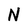
Character: N